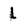
Character: l